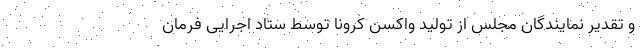
و تقدیر نمایندگان مجلس از تولید واکسن کرونا توسط ستاد اجرایی فرمان